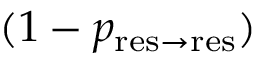
( 1 - p _ { \mathrm { r e s \to r e s } } )